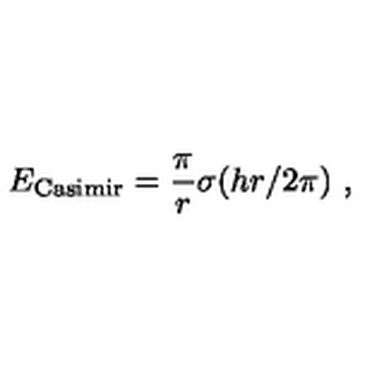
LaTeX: E _ { \mathrm { C a s i m i r } } = { \frac { \pi } { r } } \sigma ( { h r / 2 \pi } ) \ ,